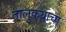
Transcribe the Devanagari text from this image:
तालुकयाचा